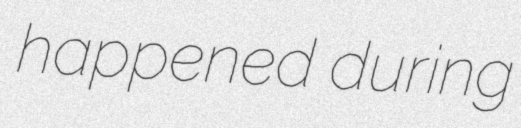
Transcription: happened during